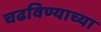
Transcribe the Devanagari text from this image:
चढविण्याच्या